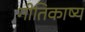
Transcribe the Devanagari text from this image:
गीतिकाष्य